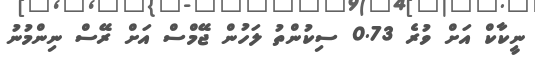
ނީކާކް އަށް ވުރެ 0.73 ސިކުންތު ލަހުން ޖޭމްސް އަށް ރޭސް ނިންމުނު